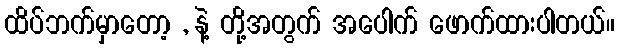
ထိပ်ဘက်မှာတော့ , နဲ့ တို့အတွက် အပေါက် ဖောက်ထားပါတယ်။